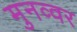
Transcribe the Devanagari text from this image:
मुनव्‍वर